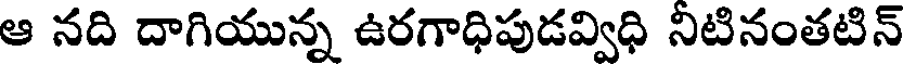
ఆ నది దాగియున్న ఉరగాధిపుడవ్విధి నిటినంతటిన్